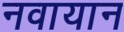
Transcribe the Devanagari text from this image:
नवायान